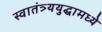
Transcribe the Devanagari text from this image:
स्वातंत्र्ययुद्धामध्ये